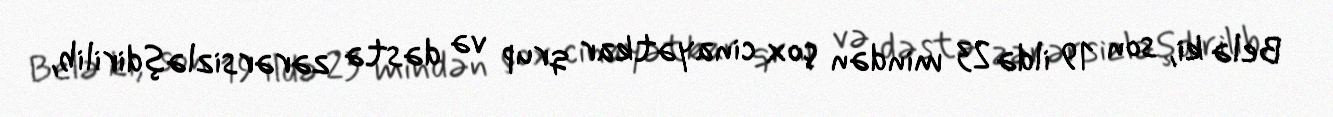
Belə ki, son 19 ildə 23 mindən çox cinayətkar qrup və dəstə zərərsizləşdirilib,